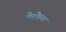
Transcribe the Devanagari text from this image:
पेट्रोल्स